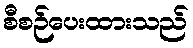
စီစဉ်ပေးထားသည်